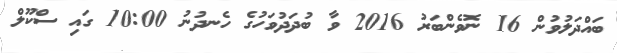
ބައްދަލުވުން 16 ނޮވެންބަރު 2016 ވާ ބުދަދުވަހުގެ ހެނދުނު 10:00 ގައި ސްކޫލް